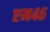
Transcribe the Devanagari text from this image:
एम४६